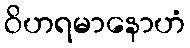
ဝိဟရမာနောဟံ